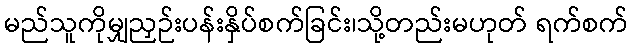
မည်သူကိုမျှညှဉ်းပန်းနှိပ်စက်ခြင်း၊သို့တည်းမဟုတ် ရက်စက်